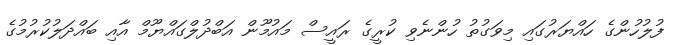
ފުލުހުންގެ ހައްޔަރުގައި މިވަގުތު ހުންނެވި ކުރީގެ ރައީސް މައުމޫން އަބްދުލްގައްޔޫމް އާއި ބައްދަލުކުރުމުގެ